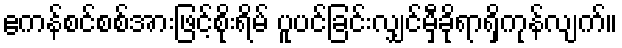
ဧကန်စင်စစ်အားဖြင့်စိုးရိမ် ပူပင်ခြင်းလျှင်မှီခိုရာရှိကုန်လျက်။